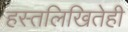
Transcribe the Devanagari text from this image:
हस्तलिखितेही